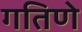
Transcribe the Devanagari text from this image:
गतिणे